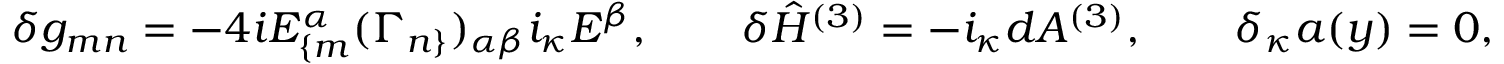
\delta g _ { m n } = - 4 i E _ { \{ m } ^ { \alpha } ( \Gamma _ { n \} } ) _ { \alpha \beta } i _ { \kappa } E ^ { \beta } , \qquad \delta \hat { H } ^ { ( 3 ) } = - i _ { \kappa } d A ^ { ( 3 ) } , \qquad \delta _ { \kappa } a ( y ) = 0 ,